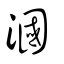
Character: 漍